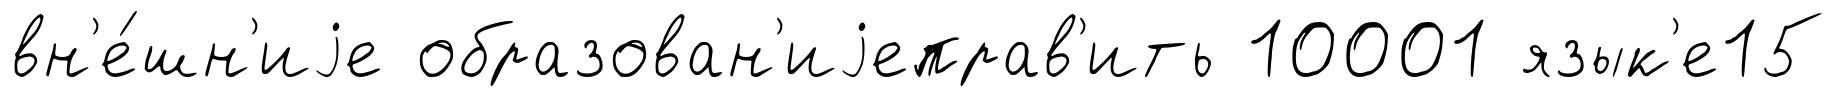
вн'е́шн'иjе образован'иjеправ'ить 10001 язык'е15